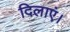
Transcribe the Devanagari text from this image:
दिलाएं।